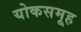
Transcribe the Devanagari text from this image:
योकसमूह